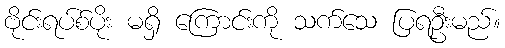
ဗိုင်းရပ်စ်ပိုး မရှိ ကြောင်းကို သက်သေ ပြရဦးမည်။